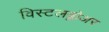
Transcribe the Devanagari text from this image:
विस्टलब्लोअर